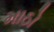
માઠો